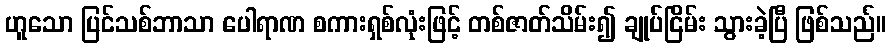
ဟူသော ပြင်သစ်ဘာသာ ပေါရာဏ စကားရှစ်လုံးဖြင့် တစ်ဇာတ်သိမ်း၍ ချုပ်ငြိမ်း သွားခဲ့ပြီ ဖြစ်သည်။